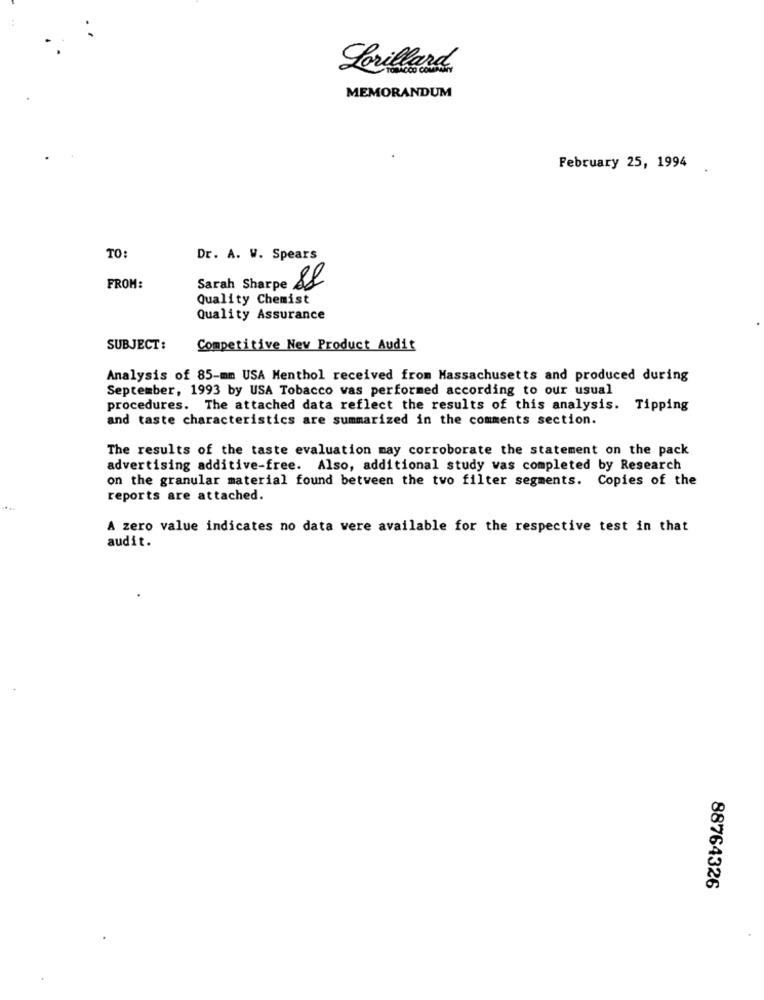
Lorillard.
MEMORANDUM
February 25, 1994
TO:
Dr. A. W. Spears
FROM:
Sarah Sharpe 88
Quality Chemist
Quality Assurance
SUBJECT:
Competitive Nev Product Audit
Analysis of 85-mm USA Menthol received from Massachusetts and produced during
September, 1993 by USA Tobacco was performed according to our usual
procedures. The attached data reflect the results of this analysis. Tipping
and taste characteristics are summarized in the comments section.
The results of the taste evaluation may corroborate the statement on the pack
advertising additive-free. Also, additional study was completed by Research
on the granular material found between the two filter segments. Copies of the
reports are attached.
A zero value indicates no data were available for the respective test in that
audit.
88764326